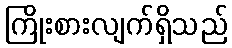
ကြိုးစားလျက်ရှိသည်